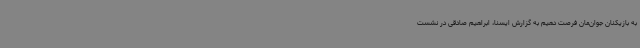
به بازیکنان جوان‌مان فرصت دهیم به گزارش ایسنا، ابراهیم صادقی در نشست